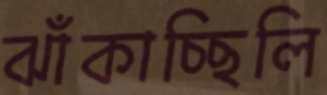
ঝাঁকাচ্ছিলি